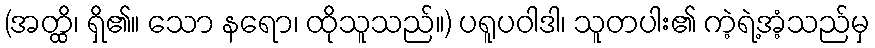
(အတ္ထိ၊ ရှိ၏။ သော နရော၊ ထိုသူသည်။) ပရူပဝါဒါ၊ သူတပါး၏ ကဲ့ရဲ့အံ့သည်မှ